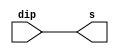
module ask6_1(dip,s);
    input [7:0]dip;
    output [7:0]s;
    
    assign s[7:0] = dip[7:0];
endmodule